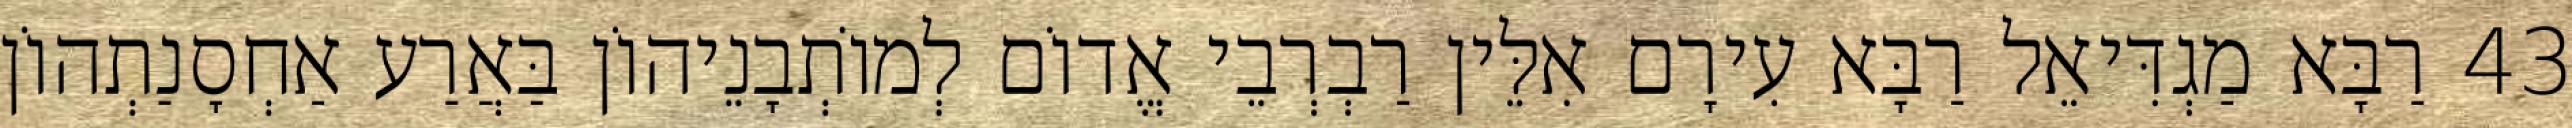
43 רַבָּא מַגְדִּיאֵל רַבָּא עִירָם אִלֵּין רַבְרְבֵי אֱדוֹם לְמוֹתְבָנֵיהוֹן בַּאֲרַע אַחְסָנַתְהוֹן